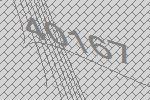
40167